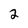
Character: 2